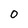
Character: 0